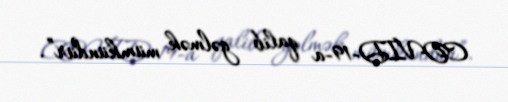
COVID-19-a qalib gəlmək mümkündür”.